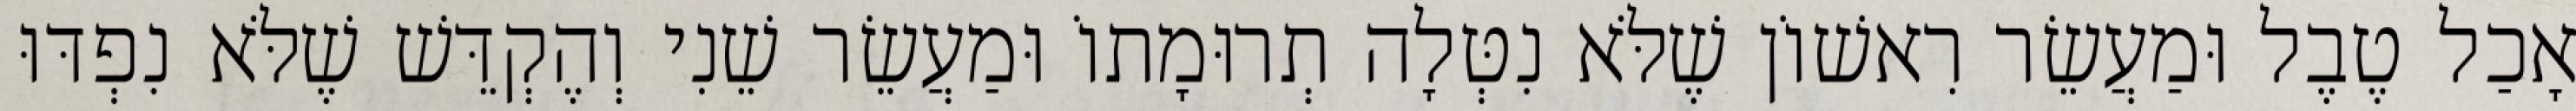
אָכַל טֶבֶל וּמַעֲשֵׂר רִאשׁוֹן שֶׁלֹּא נִטְּלָה תְרוּמָתוֹ וּמַעֲשֵׂר שֵׁנִי וְהֶקְדֵּשׁ שֶׁלֹּא נִפְדּוּ